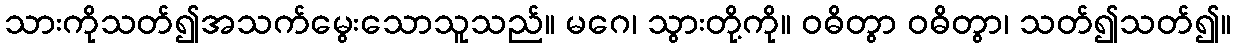
သားကိုသတ်၍အသက်မွေးသောသူသည်။ မဂေ၊ သွားတို့ကို။ ဝဓိတွာ ဝဓိတွာ၊ သတ်၍သတ်၍။